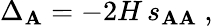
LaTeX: \Delta_{\mathbf{A}}=-2H\, s_{\mathbf{A}\mathbf{A}}~,